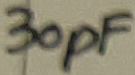
Text: 30pF